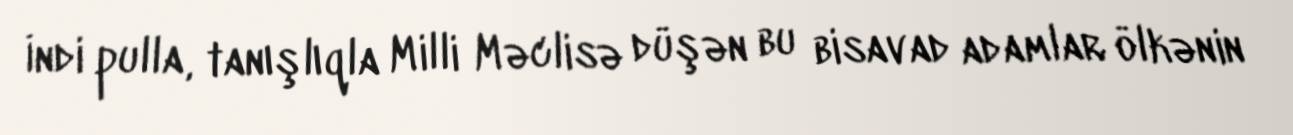
İndi pulla, tanışlıqla Milli Məclisə düşən bu bisavad adamlar ölkənin